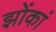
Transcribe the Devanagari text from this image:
झोंकां